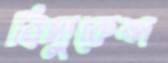
বিদ্যুকেন্দ